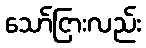
သော်ငြားလည်း